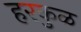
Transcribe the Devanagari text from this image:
हरकुळ